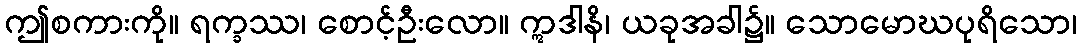
ဤစကားကို။ ရက္ခဿ၊ စောင့်ဦးလော။ ဣဒါနိ၊ ယခုအခါ၌။ သောမောဃပုရိသော၊